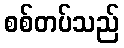
စစ်တပ်သည်